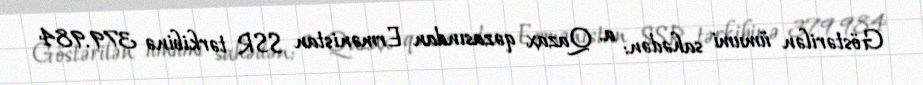
Göstərilən ümumi sahədən: a. Qazax qəzasından Ermənistan SSR tərkibinə 379.984